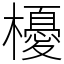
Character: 櫌